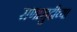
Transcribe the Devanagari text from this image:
सणासुदीच्या